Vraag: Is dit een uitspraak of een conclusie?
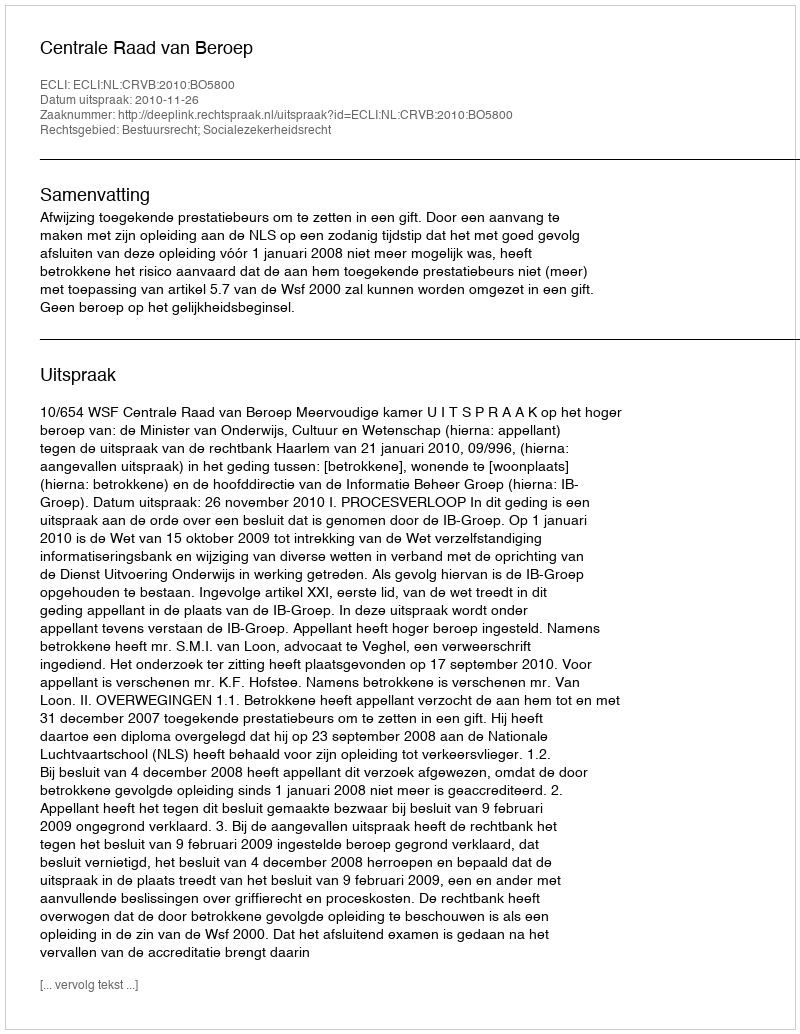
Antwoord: Uitspraak